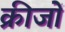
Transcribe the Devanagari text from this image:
क्रीजों